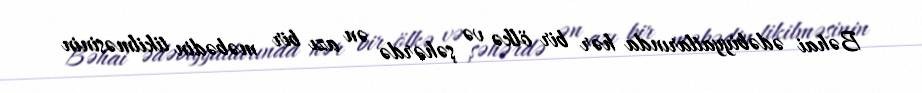
Bəhai ədəbiyyatlarında hər bir ölkə və şəhərdə ən azı bir məbədin tikilməsinin